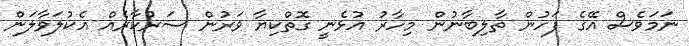
ނަމަވެސް އޭގެ ފަހުން ތާލިބާނުން މިހާރު އުޅެނީ ގޮތްކިޔާ ވަރުން ސަރުކާރެއް އެކުލަވާލަން